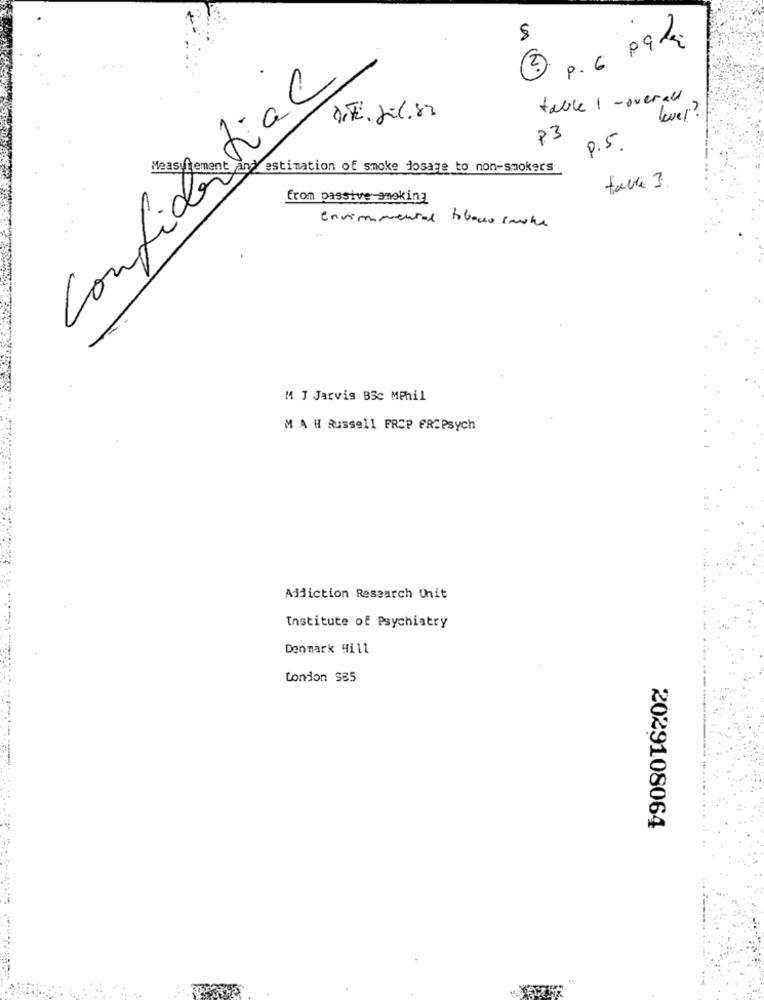
8
3 p. 6 pala
Confidential
table 1 - overall
P3
P.5
Yestimation of smoke dosage to non-smokers
from passive amoking
environmental tobacco saute
M J Jarvis BSc MPhil
MAH Russell FRCP PRCPsych
Addiction Research Unit
Institute of Psychiatry
Denmark Hill
London S85
2029108064
.